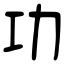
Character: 功